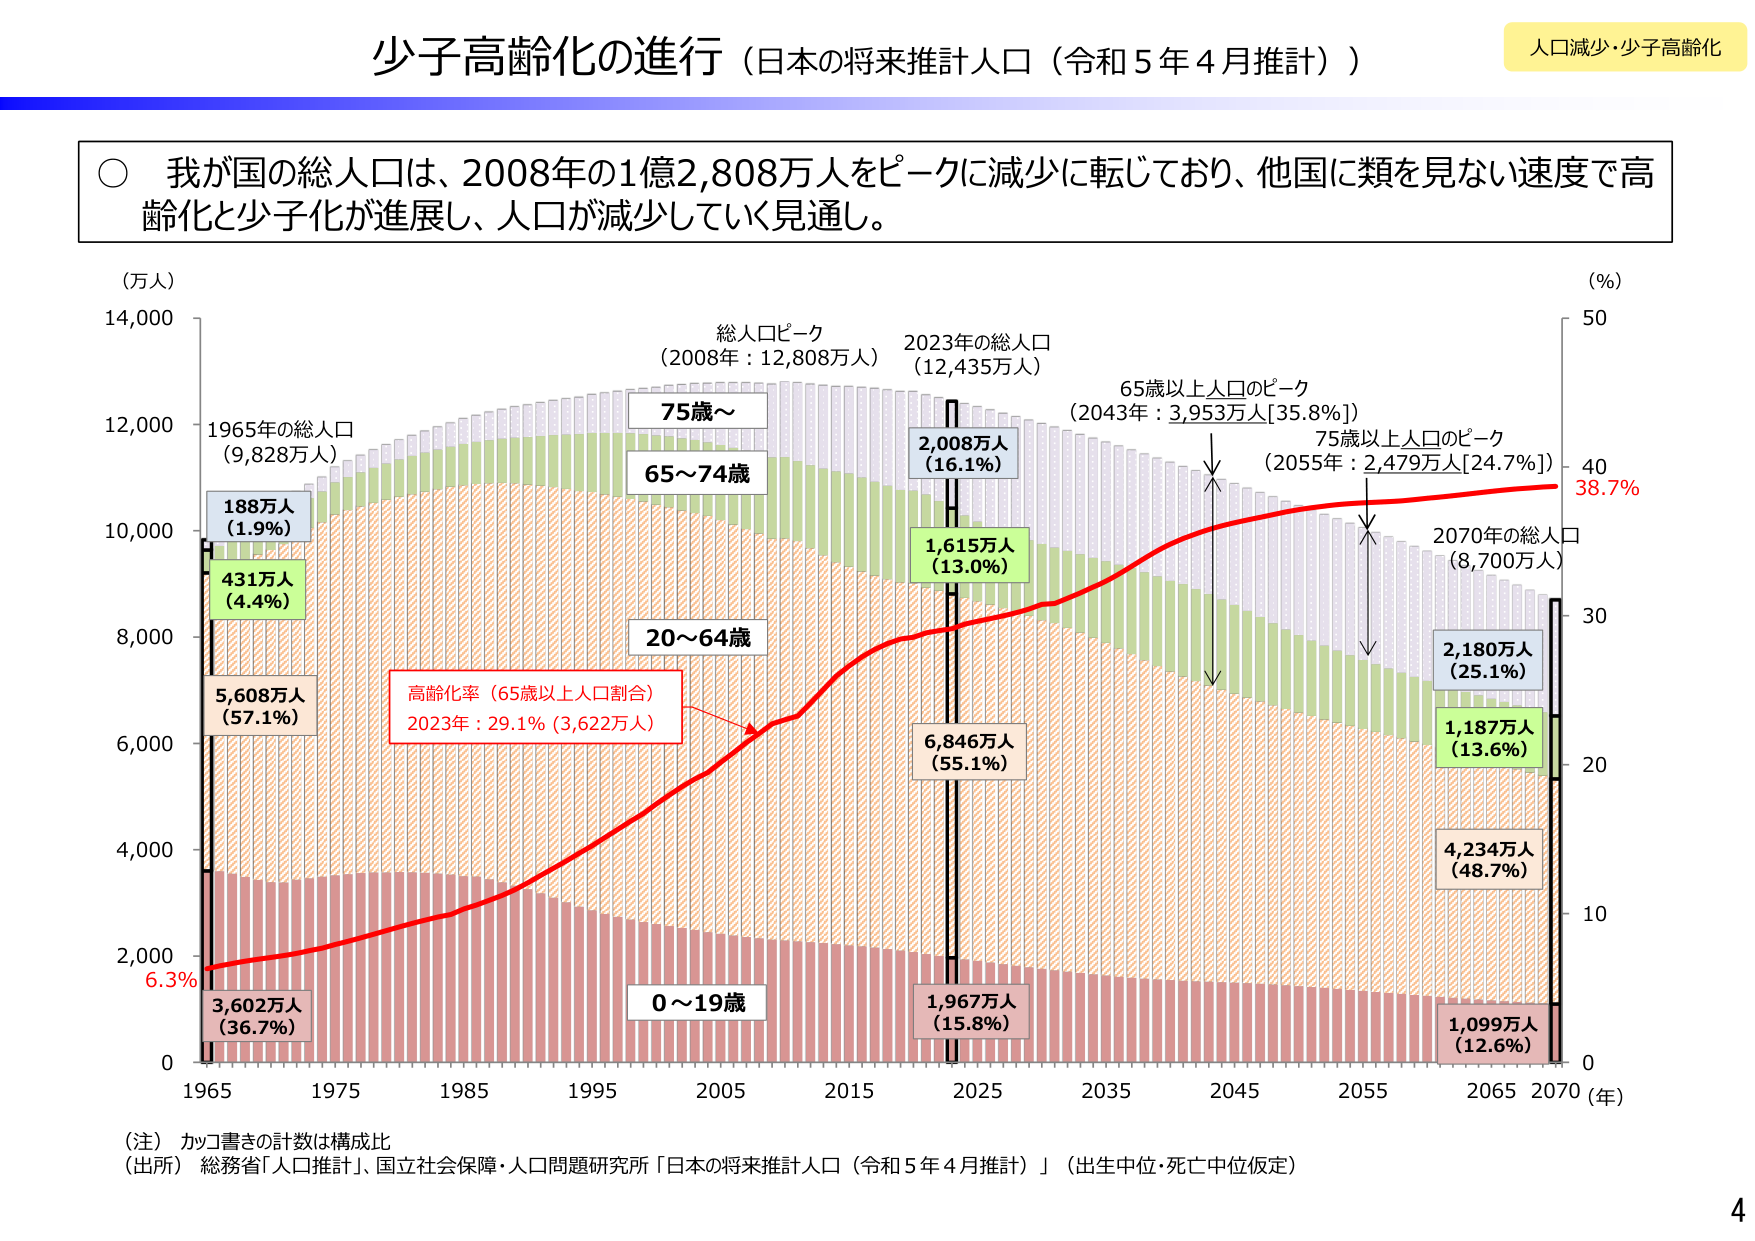
少子高齢化の進行（日本の将来推計人口（令和５年４月推計））

人口減少・少子高齢化

○ 我が国の総人口は、2008年の1億2,808万人をピークに減少に転じており、他国に類を見ない速度で高齢化と少子化が進展し、人口が減少していく見通し。

（万人）
14,000
12,000
10,000
8,000
6,000
4,000
2,000
0

1965年の総人口
（9,828万人）

188万人
（1.9%）

431万人
（4.4%）

5,608万人
（57.1%）

3,602万人
（36.7%）

6.3%

総人口ピーク
（2008年：12,808万人）

75歳～

65～74歳

20～64歳

0～19歳

2023年の総人口
（12,435万人）

2,008万人
（16.1%）

1,615万人
（13.0%）

6,846万人
（55.1%）

1,967万人
（15.8%）

高齢化率（65歳以上人口割合）
2023年：29.1%（3,622万人）

65歳以上人口のピーク
（2043年：3,953万人[35.8%]）

75歳以上人口のピーク
（2055年：2,479万人[24.7%]）

2070年の総人口
（8,700万人）

2,180万人
（25.1%）

1,187万人
（13.6%）

4,234万人
（48.7%）

1,099万人
（12.6%）

38.7%

（%）
50
40
30
20
10
0

（年）
1965 1975 1985 1995 2005 2015 2025 2035 2045 2055 2065 2070

（注） カッコ書きの計数は構成比
（出所） 総務省「人口推計」、国立社会保障・人口問題研究所「日本の将来推計人口（令和５年４月推計）」（出生中位・死亡中位仮定）

4